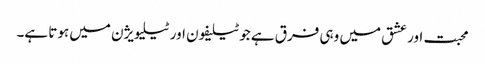
محبت اور عشق میں وہی فرق ہے جو ٹیلیفون اور ٹیلیویژن میں ہوتا ہے۔